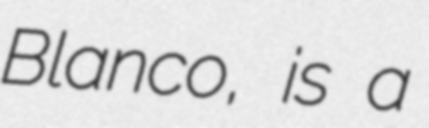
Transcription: Blanco, is a